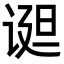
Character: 䜥